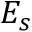
E _ { s }